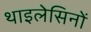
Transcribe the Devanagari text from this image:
थाइलेसिनों